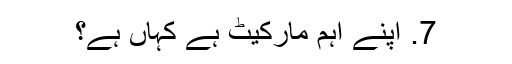
7. اپنے اہم مارکیٹ ہے کہاں ہے؟